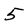
Character: 5